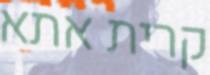
קרית אתא